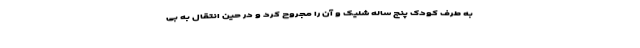
به طرف کودک پنج ساله شلیک و آن را مجروح کرد و در حین انتقال به بی